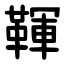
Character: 䩵